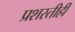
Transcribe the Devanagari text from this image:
प्रशस्तीही